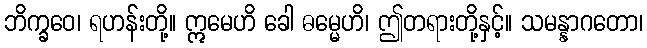
ဘိက္ခဝေ၊ ရဟန်းတို့။ ဣမေဟိ ခေါ ဓမ္မေဟိ၊ ဤတရားတို့နှင့်။ သမန္နာဂတော၊